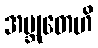
အဗ္ဘုတေဟိ